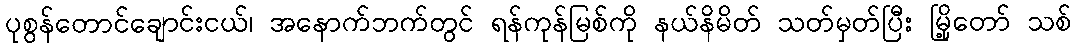
ပုစွန်တောင်ချောင်းငယ်၊ အနောက်ဘက်တွင် ရန်ကုန်မြစ်ကို နယ်နိမိတ် သတ်မှတ်ပြီး မြို့တော် သစ်